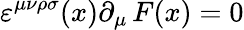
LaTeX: \varepsilon^{\mu\nu\rho\sigma}(x)\partial_{\mu}\, F(x)=0